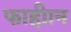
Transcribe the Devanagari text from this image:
फाहीान